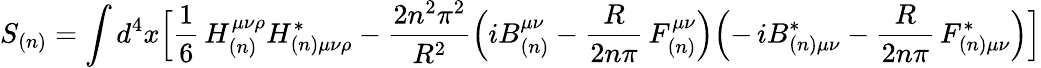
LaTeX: S_{(n)}=\int d^{4}x\Bigl[\frac{1}{6}\, H_{(n)}^{\mu\nu\rho}H_{(n)\mu\nu\rho}^{\ast}-\frac{2n^{2}\pi^{2}}{R^{2}}\Bigl(iB_{(n)}^{\mu\nu}-\frac{R}{2n\pi}\, F_{(n)}^{\mu\nu}\Bigr)\Bigl(-\, iB_{(n)\mu\nu}^{\ast}-\frac{R}{2n\pi}\, F_{(n)\mu\nu}^{\ast}\Bigr)\Bigr]